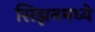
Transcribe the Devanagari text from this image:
सिझनमध्ये